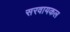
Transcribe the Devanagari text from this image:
सरवायकल